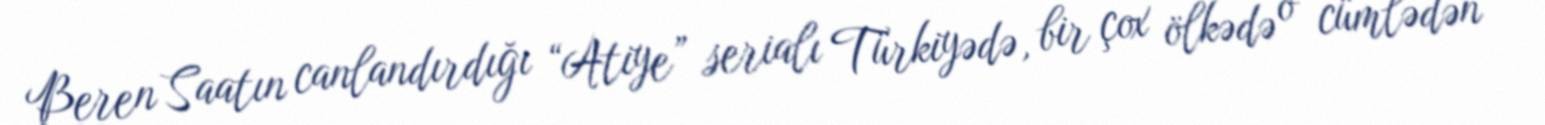
Beren Saatın canlandırdığı “Atiye” serialı Türkiyədə, bir çox ölkədə o cümlədən